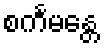
စင်္ကမန္တေ